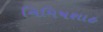
નિમિષશાહ